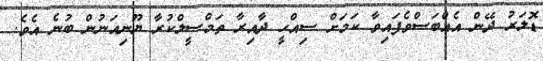
ޑޮލަރު ދޭން އެއްބަސްވެފައިވާ ކަމަށް ސިއްހީ ދާއިރާ ތަމްސީލްކުރާ ޔޫނިއަނުން ބުނެ އެވެ.